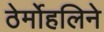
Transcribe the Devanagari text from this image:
ठेर्मोहलिने